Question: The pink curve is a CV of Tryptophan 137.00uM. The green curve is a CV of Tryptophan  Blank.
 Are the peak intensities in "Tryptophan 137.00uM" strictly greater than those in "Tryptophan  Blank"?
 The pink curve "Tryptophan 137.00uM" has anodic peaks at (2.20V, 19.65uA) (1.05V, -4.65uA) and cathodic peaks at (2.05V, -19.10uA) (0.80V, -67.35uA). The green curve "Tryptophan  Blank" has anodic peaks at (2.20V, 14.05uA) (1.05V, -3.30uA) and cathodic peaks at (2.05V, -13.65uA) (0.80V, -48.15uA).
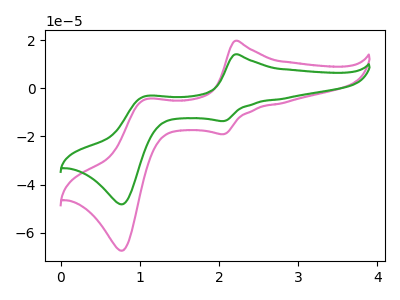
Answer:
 <answer>The peaks in "Tryptophan 137.00uM" are neither all higher or all lower than the peaks in "Tryptophan  Blank".</answer>
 <eval>mixed</eval>